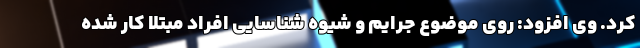
کرد. وی افزود: روی موضوع جرایم و شیوه شناسایی افراد مبتلا کار شده